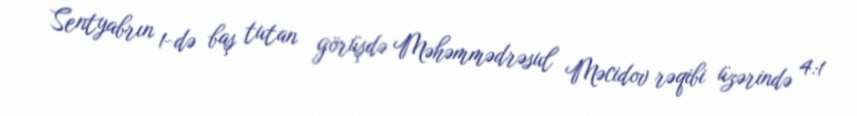
Sentyabrın 1-də baş tutan görüşdə Məhəmmədrəsul Məcidov rəqibi üzərində 4:1